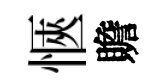
愜贍